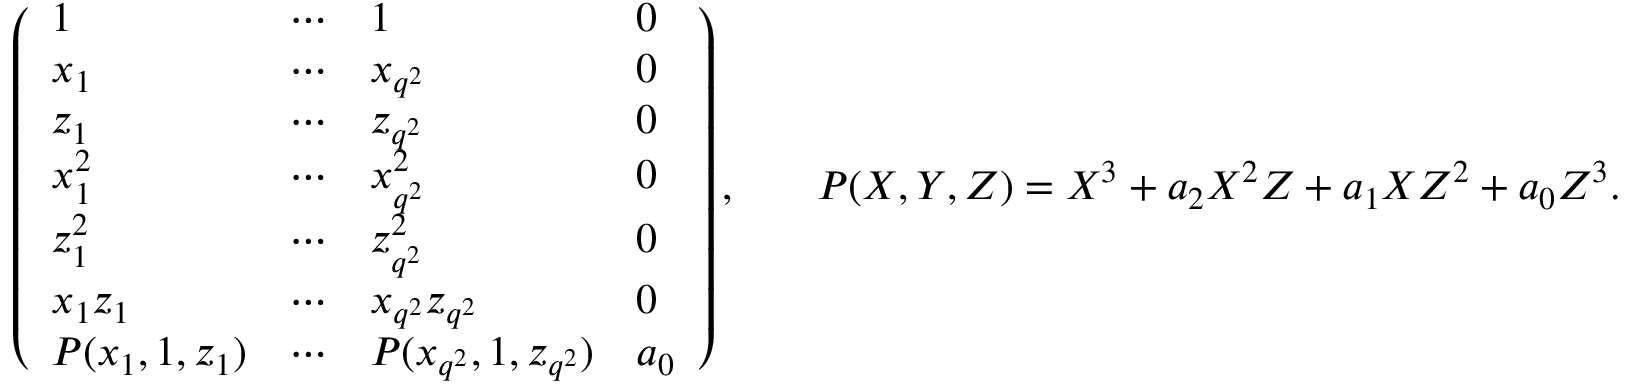
\begin{array} { r l r l } & { \left( \begin{array} { l l l l } { 1 } & { \cdots } & { 1 } & { 0 } \\ { x _ { 1 } } & { \cdots } & { x _ { q ^ { 2 } } } & { 0 } \\ { z _ { 1 } } & { \cdots } & { z _ { q ^ { 2 } } } & { 0 } \\ { x _ { 1 } ^ { 2 } } & { \cdots } & { x _ { q ^ { 2 } } ^ { 2 } } & { 0 } \\ { z _ { 1 } ^ { 2 } } & { \cdots } & { z _ { q ^ { 2 } } ^ { 2 } } & { 0 } \\ { x _ { 1 } z _ { 1 } } & { \cdots } & { x _ { q ^ { 2 } } z _ { q ^ { 2 } } } & { 0 } \\ { P ( x _ { 1 } , 1 , z _ { 1 } ) } & { \cdots } & { P ( x _ { q ^ { 2 } } , 1 , z _ { q ^ { 2 } } ) } & { a _ { 0 } } \end{array} \right) , } & & { P ( X , Y , Z ) = X ^ { 3 } + a _ { 2 } X ^ { 2 } Z + a _ { 1 } X Z ^ { 2 } + a _ { 0 } Z ^ { 3 } . } \end{array}